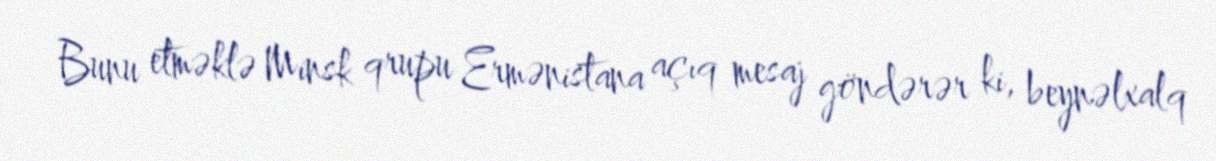
Bunu etməklə Minsk qrupu Ermənistana açıq mesaj göndərər ki, beynəlxalq